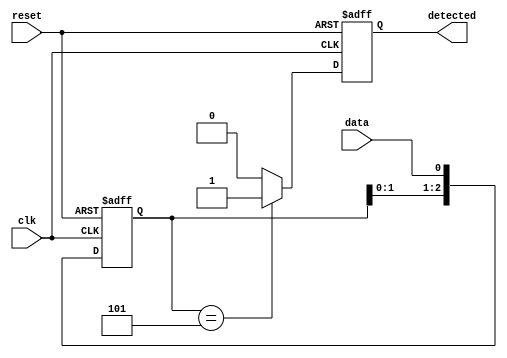
module pattern_detector (
    input wire clk,          // Clock signal
    input wire reset,        // Reset signal
    input wire data,         // Input signal to monitor
    output reg detected      // Output signal indicating pattern detection
);

    // Define the number of flip-flops needed for the pattern
    reg [2:0] shift_reg;     // 3 flip-flops for 3-bit pattern

    // Pattern to detect (3-bit pattern '101')
    localparam PATTERN = 3'b101;

    // Sequential logic for flip-flops
    always @(posedge clk or posedge reset) begin
        if (reset) begin
            shift_reg <= 3'b000; // Clear shift register on reset
            detected <= 1'b0;     // Clear detected signal
        end else begin
            // Shift the input data into the shift register
            shift_reg <= {shift_reg[1:0], data};
            // Check if the current shift register value matches the pattern
            if (shift_reg == PATTERN) begin
                detected <= 1'b1; // Set detected high if pattern matches
            end else begin
                detected <= 1'b0; // Reset detected if pattern does not match
            end
        end
    end

endmodule